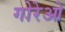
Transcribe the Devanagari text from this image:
गोरेओ